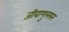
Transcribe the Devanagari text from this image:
जीवाणुलयन